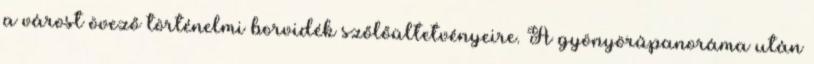
a várost övező történelmi borvidék szőlőültetvényeire. A gyönyörűpanoráma után